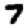
Digit: 7